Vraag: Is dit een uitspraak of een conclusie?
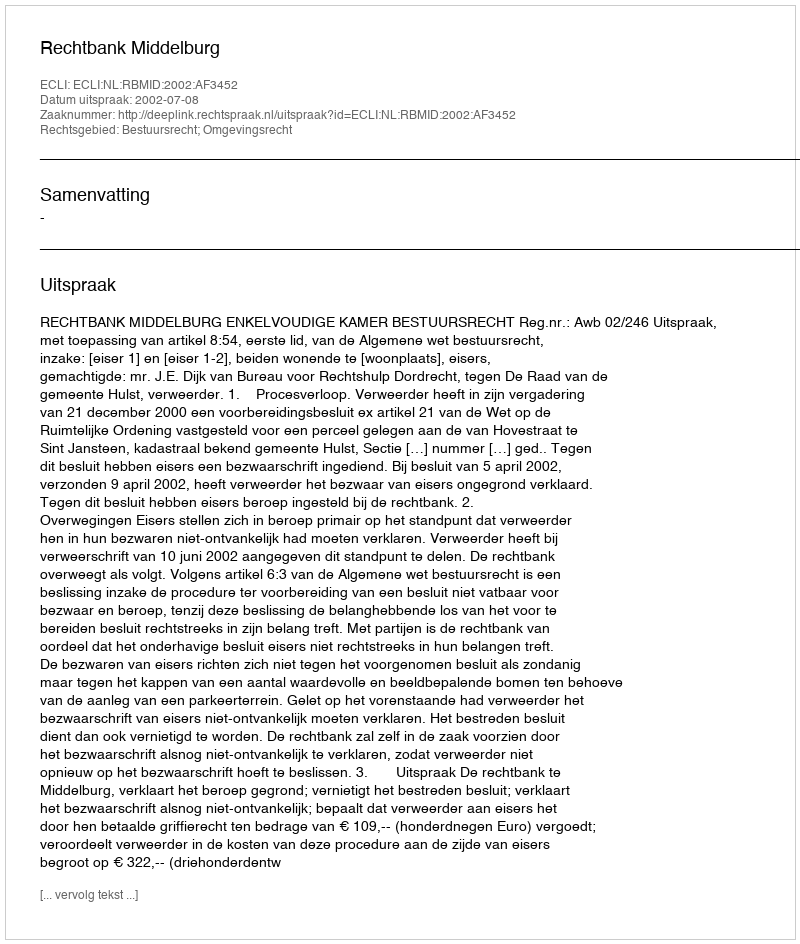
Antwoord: Uitspraak